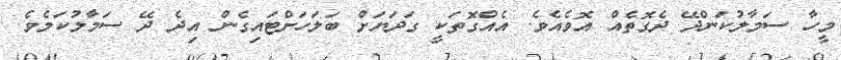
މީހާ ސަމާލުކަންދޭ ދެގޮތެއް އޮވެއެވެ. އެއްގޮތަކީ ގަދަޔަށް ބަލަހަށްޓައިގެން އިދެ ދޭ ސަމާލުކަމެވެ.